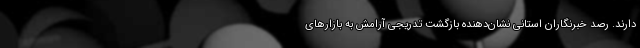
دارند. رصد خبرنگاران استانی نشان‌دهنده بازگشت تدریجی آرامش به بازارهای